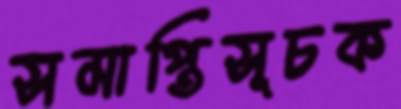
সমাপ্তিসূচক